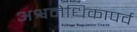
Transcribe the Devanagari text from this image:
अश्वमेधिकापर्व